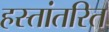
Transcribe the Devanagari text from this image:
हस्तांतरित